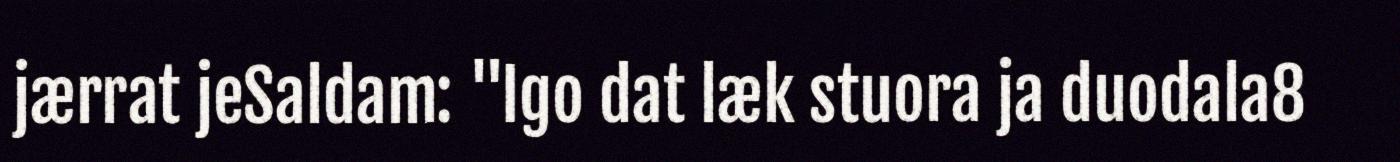
jærrat jeSaldam: "Igo dat læk stuora ja duodala8